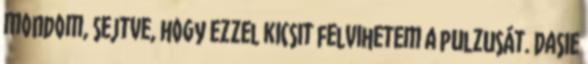
mondom, sejtve, hogy ezzel kicsit felvihetem a pulzusát. Dasie